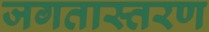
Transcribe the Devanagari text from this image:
जगतास्तरण